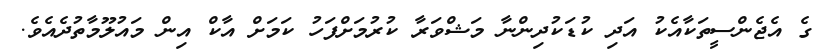
ގެ އެޖެންސީތަކާއެކު އަދި ކުޑަކުދިންނާ މަޝްވަރާ ކުރުމަށްފަހު ކަމަށް އާކް އިން މައުލޫމާތުދެއެވެ.